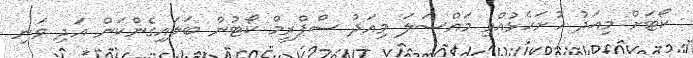
ކޯޓަށް މިއަދު ހުށަހެޅުއްވި މައްސަލަ މިއަދު ސްޕްރީމް ކޯޓުން ބަލައިގެންކަން އަދި ވަނި